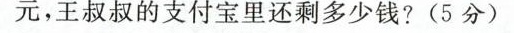
元，王叔叔的支付宝里还剩多少钱?(5分)